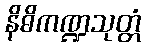
နိဓိကဏ္ဍသုတ္တံ